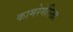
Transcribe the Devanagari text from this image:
कामरेगेरिख्त